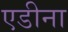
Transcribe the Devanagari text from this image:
एडीना